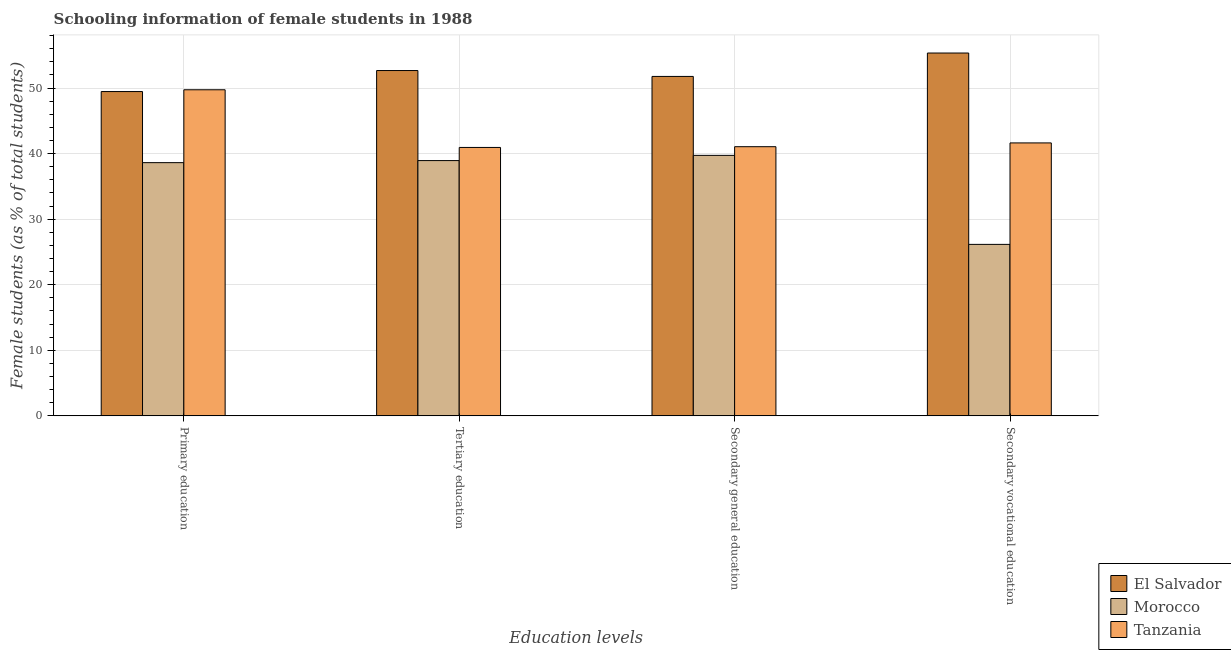
| Education levels | El Salvador | Morocco | Tanzania |
 | --- | --- | --- | --- |
 | Primary education | 49.5 | 38.6 | 49.7 |
 | Tertiary education | 52.7 | 38.9 | 40.9 |
 | Secondary general education | 51.8 | 39.7 | 41.1 |
 | Secondary vocational education | 55.4 | 26.2 | 41.6 |